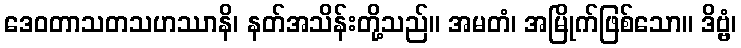
ဒေဝတာသတသဟဿာနိ၊ နတ်အသိန်းတို့သည်။ အမတံ၊ အမြိုက်ဖြစ်သော။ ဒိဗ္ဗံ၊